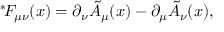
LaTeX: { } ^ { * } \! F _ { \mu \nu } ( x ) = \partial _ { \nu } \tilde { A } _ { \mu } ( x ) - \partial _ { \mu } \tilde { A } _ { \nu } ( x ) ,